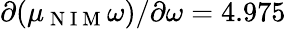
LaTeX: \partial(\mu_{\mathrm{~N~I~M~}}\omega)/\partial\omega=4.975